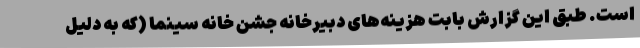
است. طبق این گزارش بابت هزینه‌های دبیرخانه جشن خانه سینما (که به دلیل